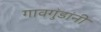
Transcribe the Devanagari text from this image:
गावगुंडांनी